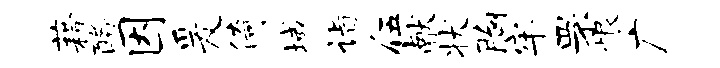
藉酪因爰倚域诣伍献状胸牢罘恨广